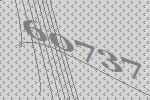
60737